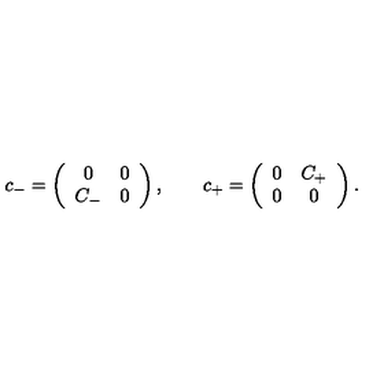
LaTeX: c _ { - } = \left( \begin{array} { c c } { 0 } & { 0 } \\ { C _ { - } } & { 0 } \\ \end{array} \right) , \qquad c _ { + } = \left( \begin{array} { c c } { 0 } & { C _ { + } } \\ { 0 } & { 0 } \\ \end{array} \right) .